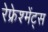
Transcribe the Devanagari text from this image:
रेफ्रेश्मेंट्स